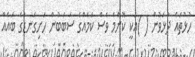
ހުޅުތައް ދުޅަވުން ( )އަކީ ކޮންމެ ވެސް ކަމެއްގެ ސަބަބުން ހަށިގަނޑުގެ ބައެއް